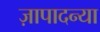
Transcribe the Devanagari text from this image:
ज़ापादन्या